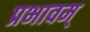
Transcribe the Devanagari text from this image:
प्रभावम्